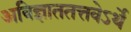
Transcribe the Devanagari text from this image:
अविज्ञाततत्तवेऽर्थे